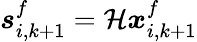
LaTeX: \boldsymbol{s}_{i,k+1}^{f}=\mathcal{H}\boldsymbol{x}_{i,k+1}^{f}